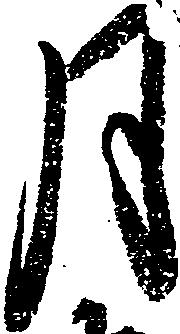
月